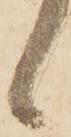
候